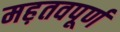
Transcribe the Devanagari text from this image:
मह़तवपूर्ण